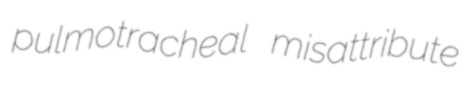
pulmotracheal misattribute